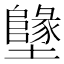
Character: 𡓬